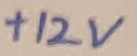
Text: +12V